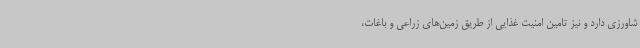
شاورزی دارد و نیز تامین امنیت غذایی از طریق زمین‌های زراعی و باغات،